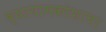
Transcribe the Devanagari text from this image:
व्यायामकोशाचा